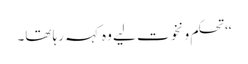
‘‘ تحکم و نخوت لیے وہ کہہ رہا تھا۔